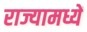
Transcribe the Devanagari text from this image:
राज्यामध्यें